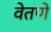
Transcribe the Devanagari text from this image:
वेतणे